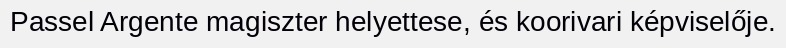
Passel Argente magiszter helyettese, és koorivari képviselője.